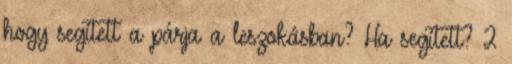
hogy segített a párja a leszokásban? Ha segített? 2